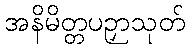
အနိမိတ္တပဉှာသုတ်